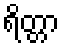
ရိတ္တာ